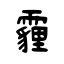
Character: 霾